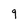
Character: 9